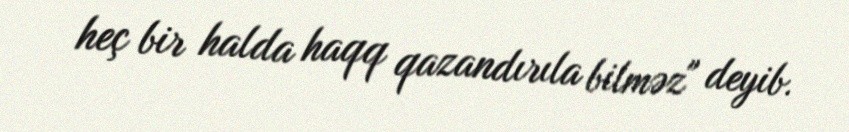
heç bir halda haqq qazandırıla bilməz" deyib.